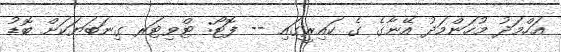
އަހްމަދު މުހަންމަދު އޭނާގެ ގެ ކައިރީގައި -- ފޮޓޯ: ޓްވިޓަރ ގިނަބަޔަކަށް ބޮޑު